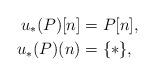
LaTeX: \begin{align*}u_*(P)[n] &= P[n],\\u_*(P)(n) &= \{*\},\end{align*}